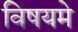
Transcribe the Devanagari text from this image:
विषयमे